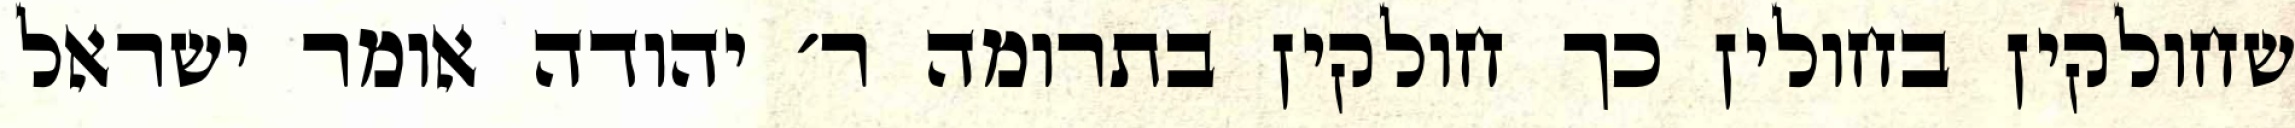
שחולקין בחולין כך חולקין בתרומה ר׳ יהודה אומר ישראל